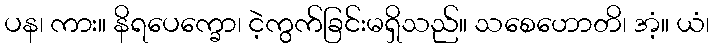
ပန၊ ကား။ နိရပေက္ခော၊ ငဲ့ကွက်ခြင်းမရှိသည်။ သစေဟောတိ၊ အံ့။ ယံ၊